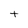
Character: t